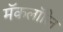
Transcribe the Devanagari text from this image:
मॅकलॉरिन